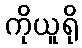
ကိုယူရို